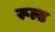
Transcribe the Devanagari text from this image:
रूल्ड